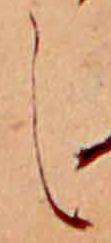
し